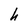
Character: h